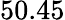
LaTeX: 50.45